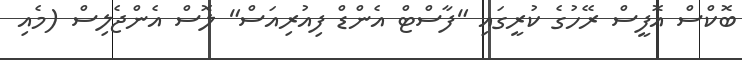
ބޮކްސް އޮފީސް ރޭހުގެ ކުރީގައި "ފާސްޓް އެންޑް ފިއުރިއަސް" ލޮސް އެންޖެލިސް (މެއި